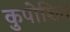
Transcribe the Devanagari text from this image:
कुपोशित